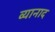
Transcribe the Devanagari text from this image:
व्यानाद